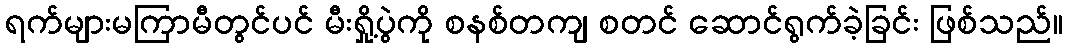
ရက်များမကြာမီတွင်ပင် မီးရှို့ပွဲကို စနစ်တကျ စတင် ဆောင်ရွက်ခဲ့ခြင်း ဖြစ်သည်။